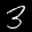
Digit: 3